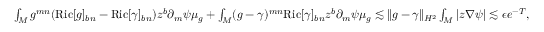
\begin{array} { r l } & { \int _ { M } g ^ { m n } ( \mathrm { R i c } [ g ] _ { b n } - \mathrm { R i c } [ \gamma ] _ { b n } ) z ^ { b } \partial _ { m } \psi \mu _ { g } + \int _ { M } ( g - \gamma ) ^ { m n } \mathrm { R i c } [ \gamma ] _ { b n } z ^ { b } \partial _ { m } \psi \mu _ { g } \lesssim \| g - \gamma \| _ { H ^ { 2 } } \int _ { M } | z \nabla \psi | \lesssim \epsilon e ^ { - T } , } \end{array}